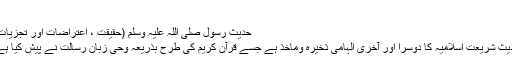
ا)
حدیث رسول صلی اللہ علیہ وسلم (حقیقت ، اعتراضات اور تجزیات )
حدیث شریعتِ اسلامیہ کا دوسرا اور آخری الہامی ذخیرہ وماخذ ہے جسے قرآن کریم کی طرح بذریعہ وحی زبان رسالت نے پیش کیا ہے ۔